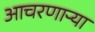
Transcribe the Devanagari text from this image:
आचरणाऱ्या